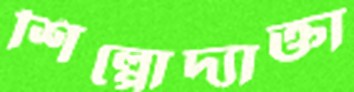
শিল্পোদ্যাক্তা